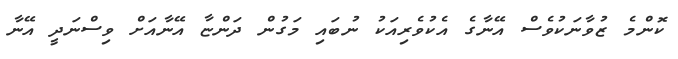
ކޮންމެ ޒުވާނަކުވެސް އޭނާގެ އެކުވެރިއަކު ނުބައި މަގުން ދަންޏާ އޭނާއަށް ވިސްނަދީ އޭނާ